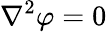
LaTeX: \nabla^{2}\varphi=0